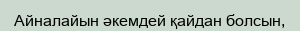
Айналайын әкемдей қайдан болсын,